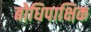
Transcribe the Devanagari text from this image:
बोधिपाक्षिक